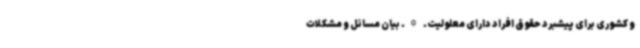
و کشوری برای پیشبرد حقوق افراد دارای معلولیت. 9. بیان مسائل و مشکلات